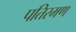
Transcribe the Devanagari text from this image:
पतिरमण